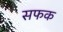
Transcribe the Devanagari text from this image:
सफक